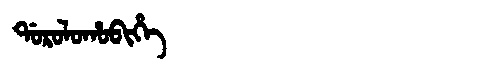
Manchu: ᡩᠣᡵᠣᠯᠣᡥᠣᠪᡳᡥᡝ
Romanization: DOROLOHOBIHE